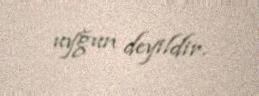
uyğun deyildir.